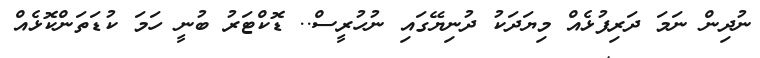
ނުދިން ނަމަ ދަރިފުޅެއް މިޔަދަކު ދުނިޔޭގައި ނުހުރީސް.. ޑޮކްޓަރު ބުނީ ހަމަ ކުޑަތަންކޮޅެއް